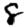
Digit: 8